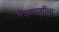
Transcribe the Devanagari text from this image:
केंद्रापाशीचा